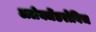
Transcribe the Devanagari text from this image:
अलेक्जेंडरोविच